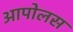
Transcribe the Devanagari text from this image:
आपोलस